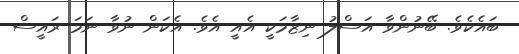
ބައެކެވެ. ބޭނުންވާ އަސްލު ނިޒާމަކީ އެއީ އެވެ. އެކަން ނުވާ ނަމަ ރައީސް